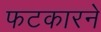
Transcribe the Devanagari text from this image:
फटकारने